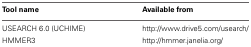
| Tool name | Available from |
 | --- | --- |
 | USEARCH 6.0 (UCHIME) | http://www.drive5.com/usearch/ |
 | HMMER3 | http://hmmer.janelia.org/ |